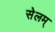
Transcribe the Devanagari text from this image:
सेलम्